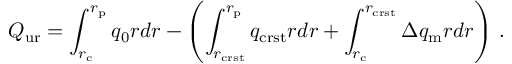
Q _ { \mathrm { u r } } = \int _ { r _ { \mathrm { c } } } ^ { r _ { \mathrm { p } } } q _ { 0 } r d r - \left( \int _ { r _ { \mathrm { c r s t } } } ^ { r _ { \mathrm { p } } } q _ { \mathrm { c r s t } } r d r + \int _ { r _ { \mathrm { c } } } ^ { r _ { \mathrm { c r s t } } } \Delta q _ { \mathrm { m } } r d r \right) \, .